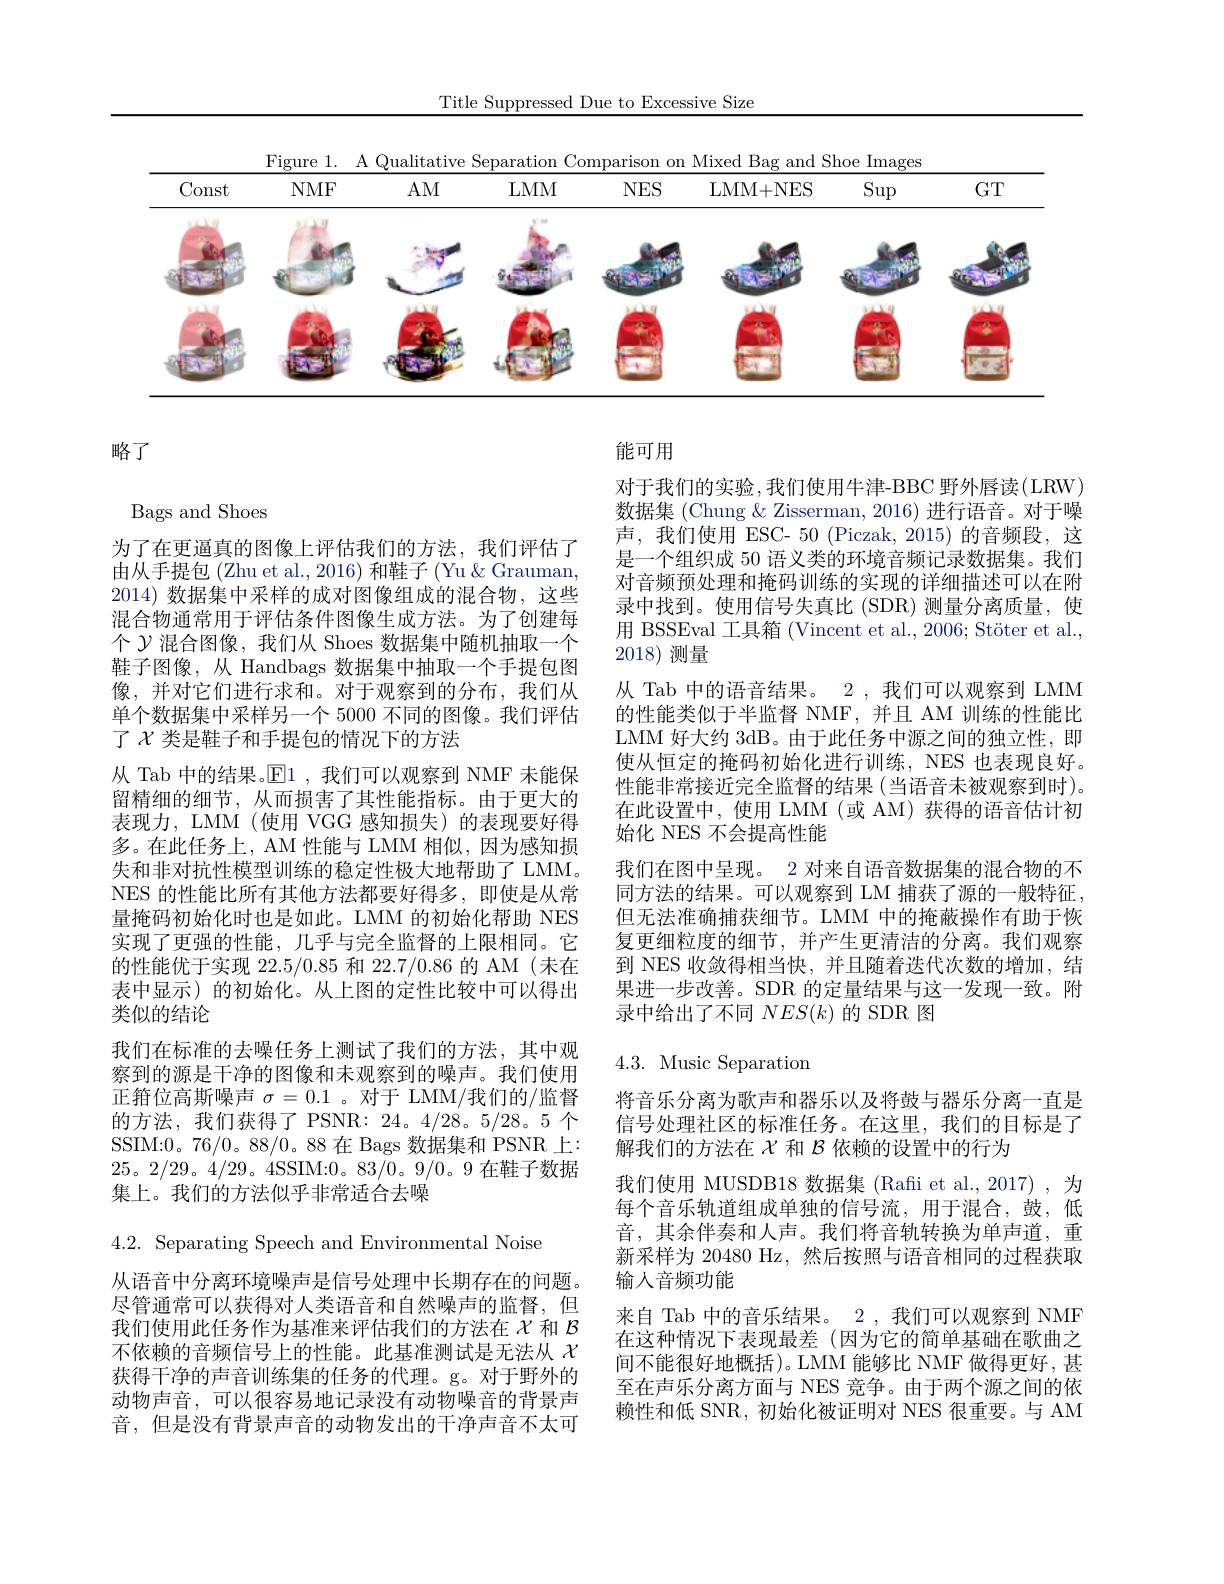
Title Suppressed Due to Excessive Size

<table>
	<tbody>
		<tr>
			<td>Const</td>
			<td>$NMF$</td>
			<td>$AM$</td>
			<td>$LMM$</td>
			<td>$NES$</td>
			<td>LMM+NES</td>
			<td>$\operatorname{Sup}$</td>
			<td>$GT$</td>
		</tr>
		<tr>
			<td>FF 1</td>
			<td>111111</td>
			<td>3757 T </td>
			<td>6.5005</td>
			<td>anmmy</td>
			<td>24</td>
			<td>$a_{1}=a_{1}=a_{1}$</td>
			<td>2428 1</td>
		</tr>
		<tr>
			<td>ON $\frac{1}{2}$</td>
			<td>11</td>
			<td> </td>
			<td>POP</td>
			<td>24 1</td>
			<td> </td>
			<td>8457=5777</td>
			<td>212 ME</td>
		</tr>
	</tbody>
</table>

略了

Bags and Shoes

能可用
对于我们的实验，我们使用牛津-BBC 野外唇读(LRW) 数据集 (Chung & Zisserman, 2016) 进行语音。对于噪声，我们使用 ESC- 50 (Piczak, 2015) 的音频段，这是一个组织成 50 语义类的环境音频记录数据集。我们对音频预处理和掩码训练的实现的详细描述可以在附录中找到。使用信号失真比 (SDR)测量分离质量，使用 BSSEval 工具箱 (Vincent et al., 2006; Stöter et al., 2018)测量
从 Tab 中的语音结果。2 ,我们可以观察到 LMM 的性能类似于半监督 NMF,并且 AM 训练的性能比LMM 好大约 3dB。由于此任务中源之间的独立性，即使从恒定的掩码初始化进行训练，NES 也表现良好。性能非常接近完全监督的结果(当语音未被观察到时)。在此设置中，使用 LMM(或 AM)获得的语音估计初始化 NES 不会提高性能
我们在图中呈现。2 对来自语音数据集的混合物的不同方法的结果。可以观察到 LM 捕获了源的一般特征， 但无法准确捕获细节。LMM 中的掩蔽操作有助于恢复更细粒度的细节，并产生更清洁的分离。我们观察到 NES 收敛得相当快，并且随着迭代次数的增加，结果进一步改善。SDR 的定量结果与这一发现一致。附录中给出了不同$NES(k)$的 SDR 图

为了在更逼真的图像上评估我们的方法，我们评估了由从手提包 (Zhu et al., 2016) 和鞋子 (Yu & Grauman, 2014) 数据集中采样的成对图像组成的混合物，这些混合物通常用于评估条件图像生成方法。为了创建每个$\mathcal{Y}$混合图像，我们从 Shoes 数据集中随机抽取一个鞋子图像，从 Handbags 数据集中抽取一个手提包图像，并对它们进行求和。对于观察到的分布，我们从单个数据集中采样另一个 5000 不同的图像。我们评估了$\chi$ 类是鞋子和手提包的情况下的方法
从 Tab 中的结果。$\operatorname{E}$1 ,我们可以观察到 NMF 未能保留精细的细节，从而损害了其性能指标。由于更大的表现力，LMM(使用 VGG 感知损失)的表现要好得多。在此任务上，AM 性能与 LMM 相似，因为感知损失和非对抗性模型训练的稳定性极大地帮助了 LMM。NES 的性能比所有其他方法都要好得多，即使是从常量掩码初始化时也是如此。LMM 的初始化帮助 NES 实现了更强的性能，几乎与完全监督的上限相同。它的性能优于实现 22.5/0.85 和 22.7/0.86 的 AM (末在表中显示)的初始化。从上图的定性比较中可以得出类似的结论
我们在标准的去噪任务上测试了我们的方法，其中观察到的源是干净的图像和未观察到的噪声。我们使用正箝位高斯噪声$\sigma=0.1$ 。对于 LMM/我们的/监督的方法，我们获得了 PSNR: 24。4/28。5/28。5 个SSIM:0。76/0。88/0。88 在 Bags 数据集和 PSNR 上： 25。2/29。4/29。4SSIM:0。83/0。9/0。9 在鞋子数据集上。我们的方法似乎非常适合去噪
4.2. Separating Speech and Environmental Noise
从语音中分离环境噪声是信号处理中长期存在的问题。尽管通常可以获得对人类语音和自然噪声的监督，但我们使用此任务作为基准来评估我们的方法在$\chi$和$\mathcal{B}$ 不依赖的音频信号上的性能。此基准测试是无法从$\chi$ 获得干净的声音训练集的任务的代理。g。对于野外的动物声音，可以很容易地记录没有动物噪音的背景声音，但是没有背景声音的动物发出的干净声音不太可

## 4.3. Music Separation

将音乐分离为歌声和器乐以及将鼓与器乐分离一直是信号处理社区的标准任务。在这里，我们的目标是了解我们的方法在$\chi$和$\mathcal{B}$依赖的设置中的行为
我们使用 MUSDB18 数据集 (Rafi et al.,2017) ,为每个音乐轨道组成单独的信号流，用于混合，鼓，低音，其余伴奏和人声。我们将音轨转换为单声道，重新采样为 20480 Hz,然后按照与语音相同的过程获取输人音频功能
来自 Tab 中的音乐结果。2 , 我们可以观察到 NMF 在这种情况下表现最差(因为它的简单基础在歌曲之间不能很好地概括)。LMM 能够比 NMF 做得更好，甚至在声乐分离方面与 NES 竞争。由于两个源之间的依赖性和低 SNR, 初始化被证明对 NES 很重要。与 AM